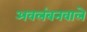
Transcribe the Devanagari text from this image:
अवलंबनवाले